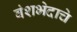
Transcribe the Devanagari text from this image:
वंशभेदाचे